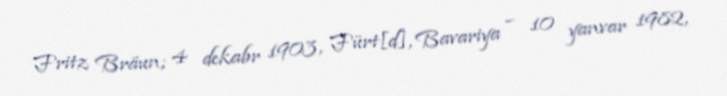
Fritz Bräun; 4 dekabr 1903, Fürt[d], Bavariya – 10 yanvar 1982,